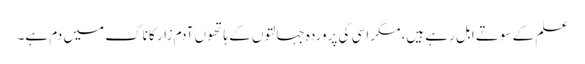
علم کے سوتے ابل رہے ہیں، مگر اسی کی پروردہ جہالتوں کے ہاتھوں آدم زار کا ناک میں دم ہے۔